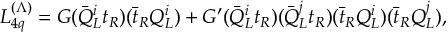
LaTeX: { \cal { L } } _ { 4 q } ^ { ( \Lambda ) } = G ( { \bar { Q } } _ { L } ^ { i } t _ { R } ) ( { \bar { t } } _ { R } Q _ { L } ^ { i } ) + G ^ { \prime } ( { \bar { Q } } _ { L } ^ { i } t _ { R } ) ( { \bar { Q } } _ { L } ^ { j } t _ { R } ) ( { \bar { t } } _ { R } Q _ { L } ^ { i } ) ( { \bar { t } } _ { R } Q _ { L } ^ { j } ) ,